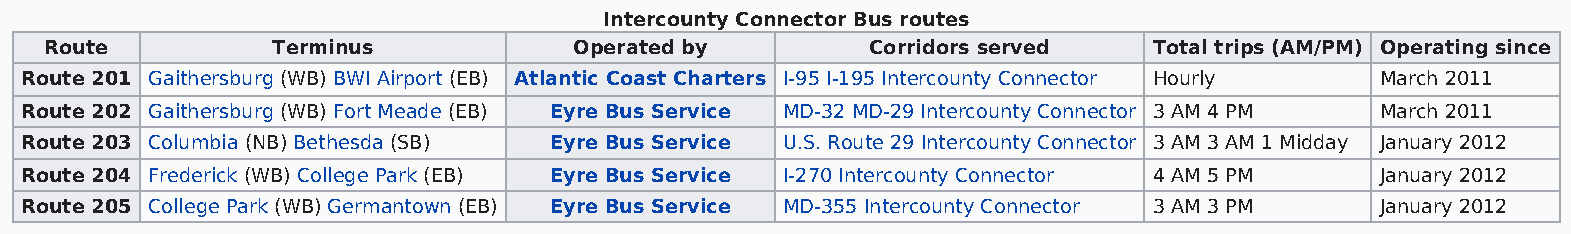
Intercounty Connector Bus routes
 Route          Terminus            Operated by         Corridors served  Total trips (AM/PM) Operating since
 Route 201 Gaithersburg (WB) BWI Airport (EB) Atlantic Coast Charters I-95 I-195 Intercounty Connector Hourly March 2011
 Route 202 Gaithersburg (WB) Fort Meade (EB) Eyre Bus Service MD-32 MD-29 Intercounty Connector 3 AM 4 PM March 2011
 Route 203 Columbia (NB) Bethesda (SB) Eyre Bus Service U.S. Route 29 Intercounty Connector 3 AM 3 AM 1 Midday January 2012
 Route 204 Frederick (WB) College Park (EB) Eyre Bus Service I-270 Intercounty Connector 4 AM 5 PM January 2012
 Route 205 College Park (WB) Germantown (EB) Eyre Bus Service MD-355 Intercounty Connector 3 AM 3 PM January 2012